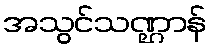
အသွင်သဏ္ဌာန်